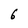
Character: 6